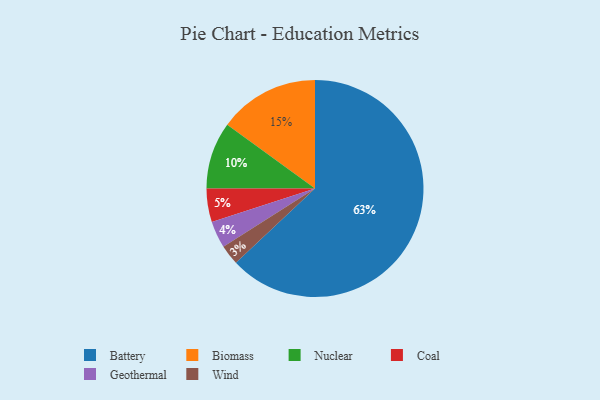
{"axis": {"x": "Category", "y": "Percentage"}, "legend": ["Battery", "Biomass", "Coal", "Geothermal", "Nuclear", "Wind"], "data": [{"x": "Battery", "y": 63, "type": "Battery"}, {"x": "Geothermal", "y": 4, "type": "Geothermal"}, {"x": "Biomass", "y": 15, "type": "Biomass"}, {"x": "Nuclear", "y": 10, "type": "Nuclear"}, {"x": "Coal", "y": 5, "type": "Coal"}, {"x": "Wind", "y": 3, "type": "Wind"}]}